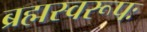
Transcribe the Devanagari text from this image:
ब्रह्मस्वरूपः